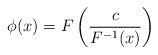
\begin{align*}\phi(x)=F\left(\frac{c}{F^{-1}(x)}\right)\end{align*}